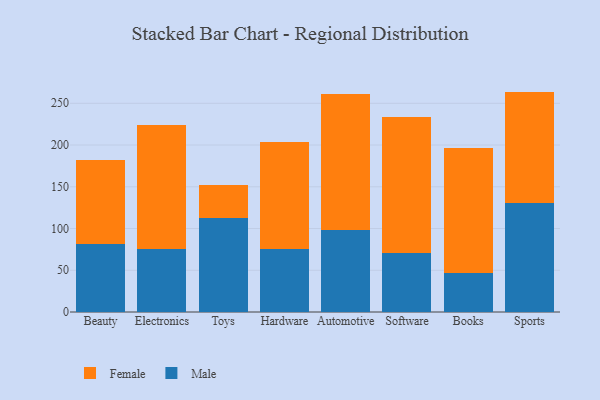
{"axis": {"x": "Category", "y": "Revenue (USD Million)"}, "legend": ["Female", "Male"], "data": [{"x": "Beauty", "y": 81.0, "type": "Male"}, {"x": "Beauty", "y": 100.9, "type": "Female"}, {"x": "Electronics", "y": 75.1, "type": "Male"}, {"x": "Electronics", "y": 148.8, "type": "Female"}, {"x": "Toys", "y": 112.1, "type": "Male"}, {"x": "Toys", "y": 40.1, "type": "Female"}, {"x": "Hardware", "y": 75.5, "type": "Male"}, {"x": "Hardware", "y": 128.1, "type": "Female"}, {"x": "Automotive", "y": 98.0, "type": "Male"}, {"x": "Automotive", "y": 163.2, "type": "Female"}, {"x": "Software", "y": 70.5, "type": "Male"}, {"x": "Software", "y": 162.9, "type": "Female"}, {"x": "Books", "y": 46.9, "type": "Male"}, {"x": "Books", "y": 149.1, "type": "Female"}, {"x": "Sports", "y": 131.0, "type": "Male"}, {"x": "Sports", "y": 133.0, "type": "Female"}]}